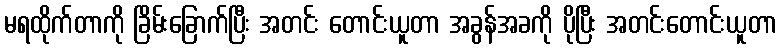
မရထိုက်တာကို ခြိမ်းခြောက်ပြီး အတင်း တောင်းယူတာ အခွန်အခကို ပိုပြီး အတင်းတောင်းယူတာ